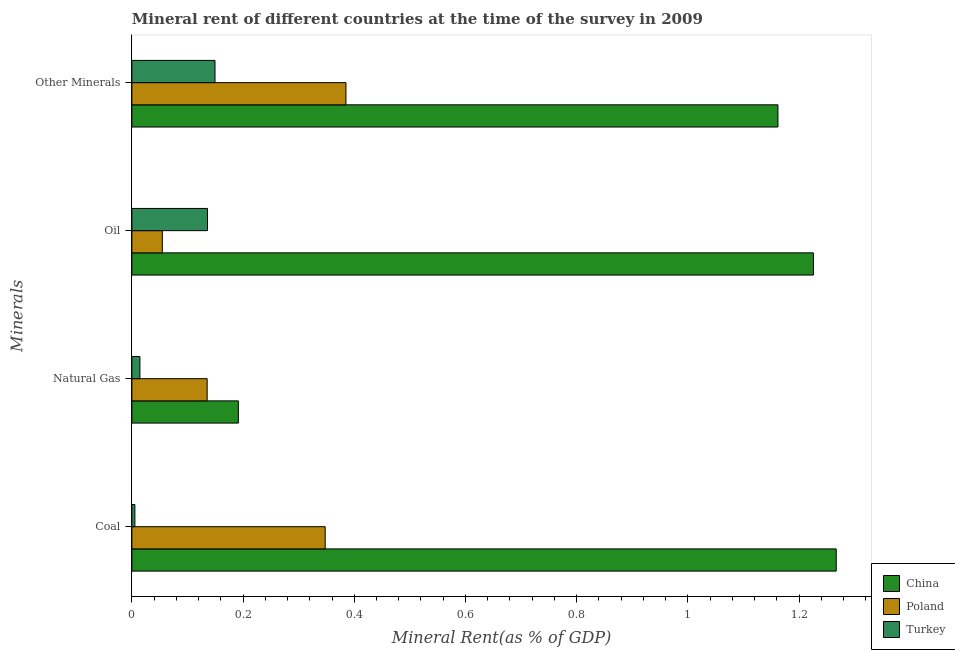
| Minerals | China | Poland | Turkey |
 | --- | --- | --- | --- |
 | Coal | 1.27 | 0.348 | 0.00542 |
 | Natural Gas | 0.192 | 0.135 | 0.0145 |
 | Oil | 1.23 | 0.0548 | 0.136 |
 | Other Minerals | 1.16 | 0.385 | 0.15 |